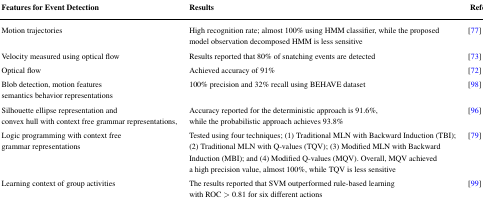
<table><thead><tr><td><b>Features for Event Detection</b></td><td><b>Results</b></td><td><b>Reference</b></td></tr></thead><tbody><tr><td>Motion trajectories</td><td>High recognition rate; almost 100% using HMM classifier, while the proposed model observation decomposed HMM is less sensitive</td><td>[77]</td></tr><tr><td>Velocity measured using optical flow</td><td>Results reported that 80% of snatching events are detected</td><td>[73]</td></tr><tr><td>Optical flow</td><td>Achieved accuracy of 91%</td><td>[72]</td></tr><tr><td>Blob detection, motion features semantics behavior representations</td><td>100% precision and 32% recall using BEHAVE dataset</td><td>[98]</td></tr><tr><td>Silhouette ellipse representation and convex hull with context free grammar representations,</td><td>Accuracy reported for the deterministic approach is 91.6%, while the probabilistic approach achieves 93.8%</td><td>[96]</td></tr><tr><td>Logic programming with context free grammar representations</td><td>Tested using four techniques; (1) Traditional MLN with Backward Induction (TBI); (2) Traditional MLN with Q-values (TQV); (3) Modified MLN with Backward Induction (MBI); and (4) Modified Q-values (MQV). Overall, MQV achieved a high precision value, almost 100%, while TQV is less sensitive</td><td>[79]</td></tr><tr><td>Learning context of group activities</td><td>The results reported that SVM outperformed rule-based learning with ROC &gt; 0.81 for six different actions</td><td>[99]</td></tr></tbody></table>